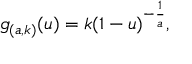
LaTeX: g _ { ( a , k ) } ( u ) = k ( 1 - u ) ^ { - { \frac { 1 } { a } } } ,